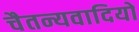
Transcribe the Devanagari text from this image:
चैतन्यवादियों